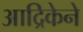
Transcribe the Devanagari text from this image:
आद्रिकेने